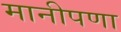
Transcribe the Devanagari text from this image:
मानीपणा